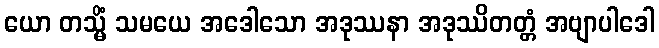
ယော တသ္မိံ သမယေ အဒေါသော အဒုဿနာ အဒုဿိတတ္တံ အဗျာပါဒေါ